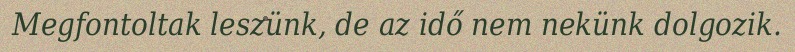
Megfontoltak leszünk, de az idő nem nekünk dolgozik.